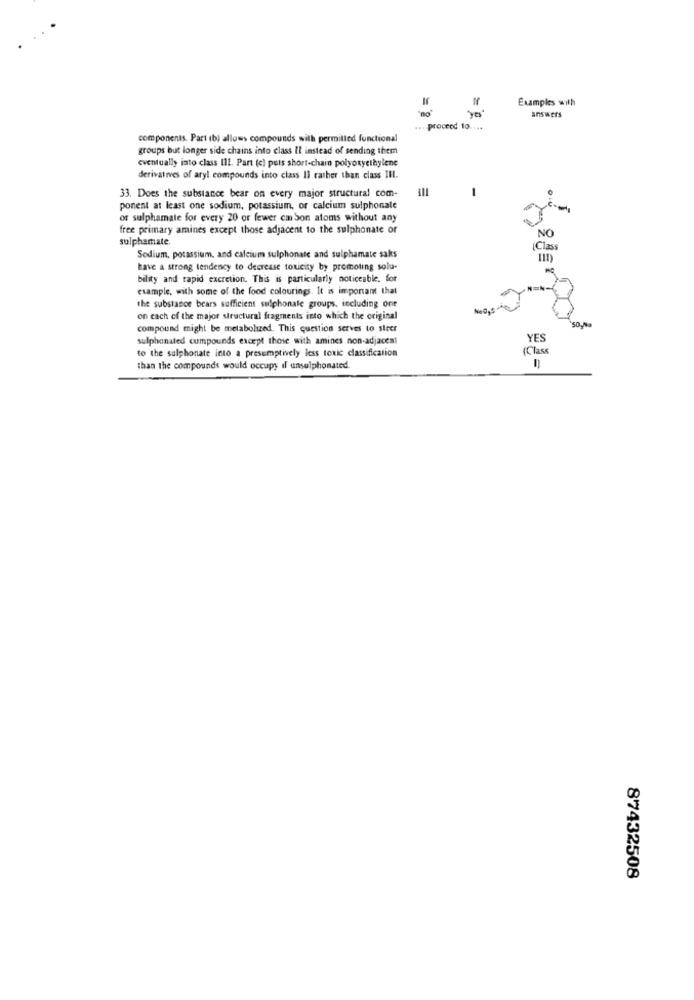
Examples with
"no'
answers
.... proceed to ....
components. Part (b) allows compounds with permitted functional
groups but longer side chains into class Il instead of sending them
eventually into class III. Part (c) puis short-chain polyotyethylene
derivatives of aryl compounds into class Il rather than class III.
-
33. Does the substance bear on every major structural com-
ponent at least one sodium, potassium, or calcium sulphonate
of sulphamate for every 20 or fewer ca Son atoms without any
free primary amines except those adjacent to the sulphonate or
NO
sulphamate.
[Class
Sodium, potassium, and calcium sulphonate and sulphamate saks
have a strong tendency to decrease toxicity by promoting solu-
bility and rapid excretion. This is particularly noticeable. for
example, with some of the food colourings. It is important that
the substance bears sufficient sulphonale groups, including one
on each of the major structural fragments into which the original
compound might be metabolized. This question serves to steer
sulphonated compounds except those with amines non-adjacent
YES
(Class
to the sulphonate into a presumptively less toxic classification
than the compounds would occupy il unsulphonated.
87432508